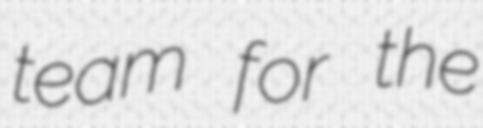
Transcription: team for the